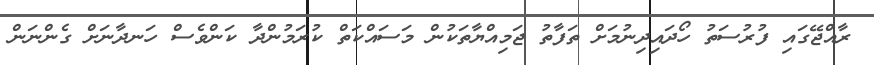
ރާއްޖޭގައި ފުރުސަތު ހޯދައިދިނުމަށް ތަފާތު ޖަމިއްޔާތަކުން މަސައްކަތް ކުރަމުންދާ ކަންވެސް ހަނދާނަށް ގެންނަން